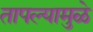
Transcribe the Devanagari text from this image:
तापल्यामुळे